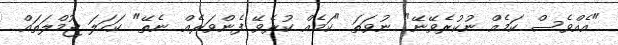
"އެއްވެސް ކަމެއް ނުކުރެވޭނޭ" ނުވަތަ "ކަމެއް ކުރެވޭ ފެންވަރެއް ނެތޭ" ކަހަލަ ޖުމްލަތައް